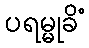
ပရမ္မုခိံ